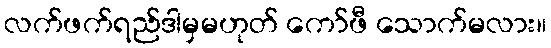
လက်ဖက်ရည်ဒါမှမဟုတ် ကော်ဖီ သောက်မလား။